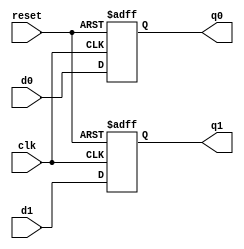
module flopr2 (
	clk,
	reset,
	d0,
    d1,
	q0,
    q1
);
	parameter WIDTH = 8;
	input wire clk;
	input wire reset;
	input wire [WIDTH - 1:0] d0;
    input wire [WIDTH - 1:0] d1;
	output reg [WIDTH - 1:0] q0;
    output reg [WIDTH - 1:0] q1;
	always @(posedge clk or posedge reset) begin
		if (reset) begin
			q0 <= 0;
            q1 <= 0;
        end
		else begin
			q0 <= d0;
            q1 <= d1;
        end
    end
endmodule